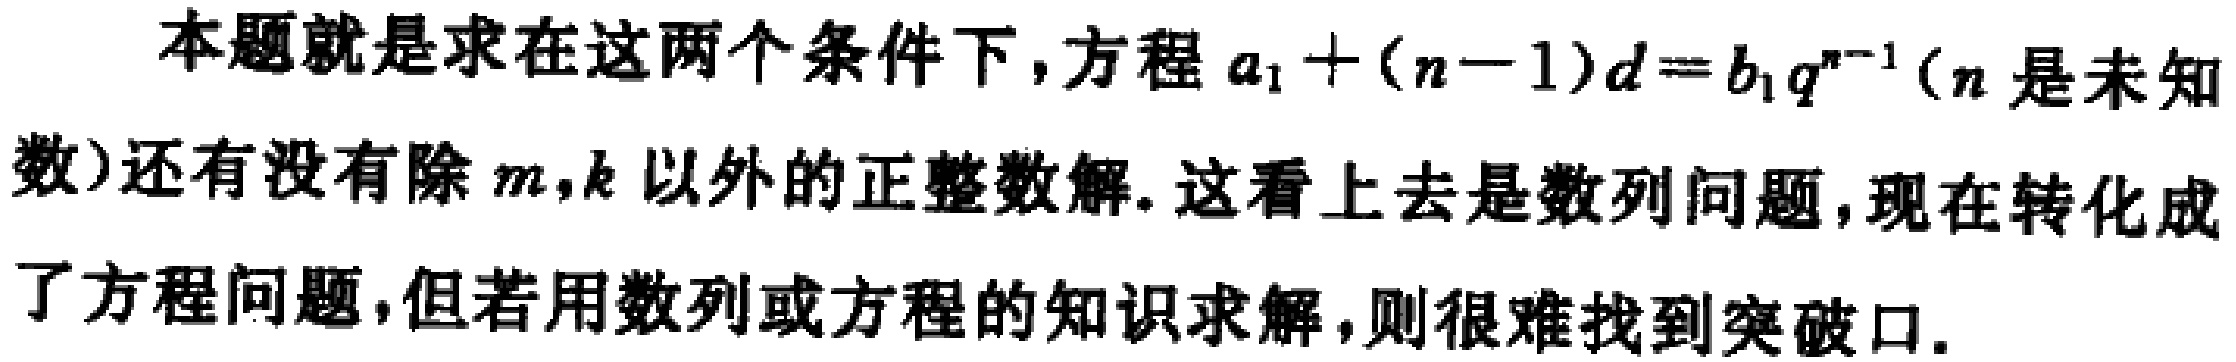
本题就是求在这两个条件下, 方程 \(a_{1}+(n - 1)d = b_{1}q^{n - 1}\) (\(n\) 是未知数) 还有没有除 \(m,k\) 以外的正整数解. 这看上去是数列问题, 现在转化成了方程问题, 但若用数列或方程的知识求解, 则很难找到突破口.